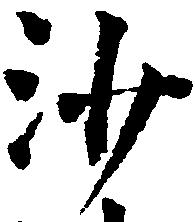
沙